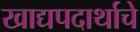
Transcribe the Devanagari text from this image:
खाद्यपदार्थाचे